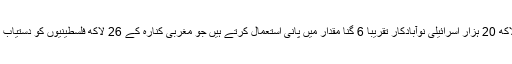
5 لاکھ 20 ہزار اسرائیلی نوآبادکار تقریباً 6 گنا مقدار میں پانی استعمال کرتے ہیں جو مغربی کنارہ کے 26 لاکھ فلسطینیوں کو دستیاب ہے۔